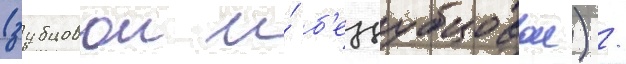
(зубцовои и́ б'еззубцовои) /